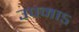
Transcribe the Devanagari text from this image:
उपमाऽ